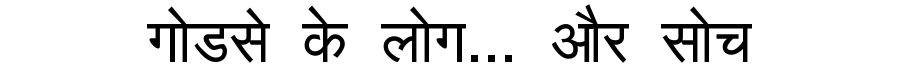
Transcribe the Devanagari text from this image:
गोडसे के लोग... और सोच